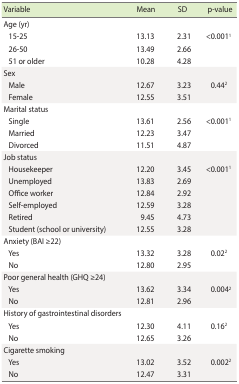
<table><thead><tr><td><b>Variable</b></td><td><b>Mean</b></td><td><b>SD</b></td><td><b>p-value</b></td></tr></thead><tbody><tr><td>Age (yr)</td><td></td><td></td><td></td></tr><tr><td> 15-25</td><td>13.13</td><td>2.31</td><td>&lt;0.001<sup>1</sup></td></tr><tr><td> 26-50</td><td>13.49</td><td>2.66</td><td></td></tr><tr><td> 51 or older</td><td>10.28</td><td>4.28</td><td></td></tr><tr><td>Sex</td><td></td><td></td><td></td></tr><tr><td> Male</td><td>12.67</td><td>3.23</td><td>0.44<sup>2</sup></td></tr><tr><td> Female</td><td>12.55</td><td>3.51</td><td></td></tr><tr><td>Marital status</td><td></td><td></td><td></td></tr><tr><td> Single</td><td>13.61</td><td>2.56</td><td>&lt;0.001<sup>1</sup></td></tr><tr><td> Married</td><td>12.23</td><td>3.47</td><td></td></tr><tr><td> Divorced</td><td>11.51</td><td>4.87</td><td></td></tr><tr><td>Job status</td><td></td><td></td><td></td></tr><tr><td> Housekeeper</td><td>12.20</td><td>3.45</td><td>&lt;0.001<sup>1</sup></td></tr><tr><td> Unemployed</td><td>13.83</td><td>2.69</td><td></td></tr><tr><td> Office worker</td><td>12.84</td><td>2.92</td><td></td></tr><tr><td> Self-employed</td><td>12.59</td><td>3.28</td><td></td></tr><tr><td> Retired</td><td>9.45</td><td>4.73</td><td></td></tr><tr><td> Student (school or university)</td><td>12.55</td><td>3.28</td><td></td></tr><tr><td>Anxiety (BAI ≥22)</td><td></td><td></td><td></td></tr><tr><td> Yes</td><td>13.32</td><td>3.28</td><td>0.02<sup>2</sup></td></tr><tr><td> No</td><td>12.80</td><td>2.95</td><td></td></tr><tr><td>Poor general health (GHQ ≥24)</td><td></td><td></td><td></td></tr><tr><td> Yes</td><td>13.62</td><td>3.34</td><td>0.004<sup>2</sup></td></tr><tr><td> No</td><td>12.81</td><td>2.96</td><td></td></tr><tr><td>History of gastrointestinal disorders</td><td></td><td></td><td></td></tr><tr><td> Yes</td><td>12.30</td><td>4.11</td><td>0.16<sup>2</sup></td></tr><tr><td> No</td><td>12.65</td><td>3.26</td><td></td></tr><tr><td>Cigarette smoking</td><td></td><td></td><td></td></tr><tr><td> Yes</td><td>13.02</td><td>3.52</td><td>0.002<sup>2</sup></td></tr><tr><td> No</td><td>12.47</td><td>3.31</td><td></td></tr></tbody></table>